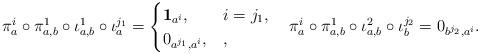
LaTeX: \begin{align*}\pi_a^i\circ \pi^1_{a,b}\circ \iota^1_{a,b}\circ \iota^{j_1}_a=\begin{cases}\mathbf{1}_{a^i}, & i=j_1, \\0_{a^{j_1}, a^i}, & ,\end{cases}\quad\pi_a^i\circ \pi^1_{a,b}\circ \iota^2_{a,b}\circ \iota^{j_2}_b=0_{b^{j_2},a^i}.\end{align*}